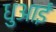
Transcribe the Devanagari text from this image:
धुआई